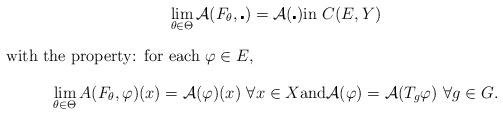
LaTeX: \begin{gather*}\lim_{\theta\in\Theta}\mathcal{A}(F_{\theta},\centerdot)=\mathcal{A}(\centerdot)\textrm{in }C(E,Y)\intertext{with the property: for each $\varphi\in E$,}\lim_{\theta\in\Theta}A(F_{\theta},\varphi)(x)=\mathcal{A}(\varphi)(x)\ \forall x\in X\textrm{and}\mathcal{A}(\varphi)=\mathcal{A}(T_g\varphi)\ \forall g\in G.\end{gather*}